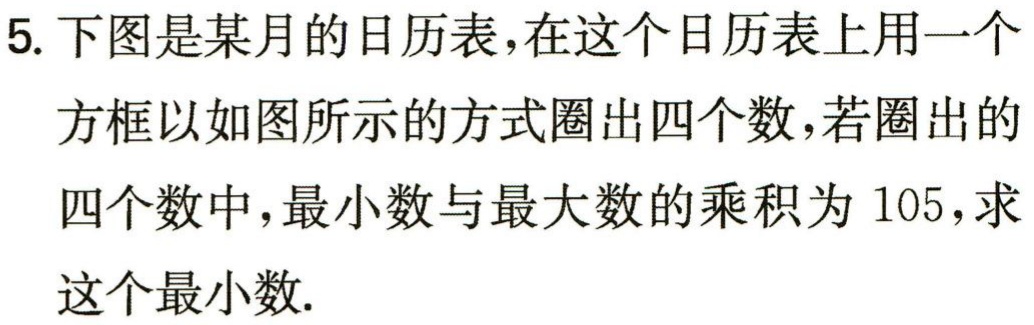
5. 下图是某月的日历表，在这个日历表上用一个
方框以如图所示的方式圈出四个数，若圈出的
四个数中，最小数与最大数的乘积为 105，求
这个最小数.